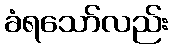
ခံရသော်လည်း